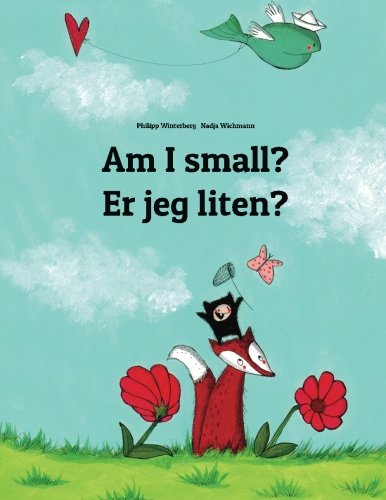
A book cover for Am I small? Er jeg liten?: Children's Picture Book English-Norwegian (Bilingual Edition); Philipp Winterberg; Children's Books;